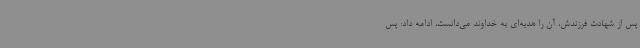
پس از شهادت فرزندش، آن را هدیه‌ای به خداوند می‌دانست، ادامه داد: پس